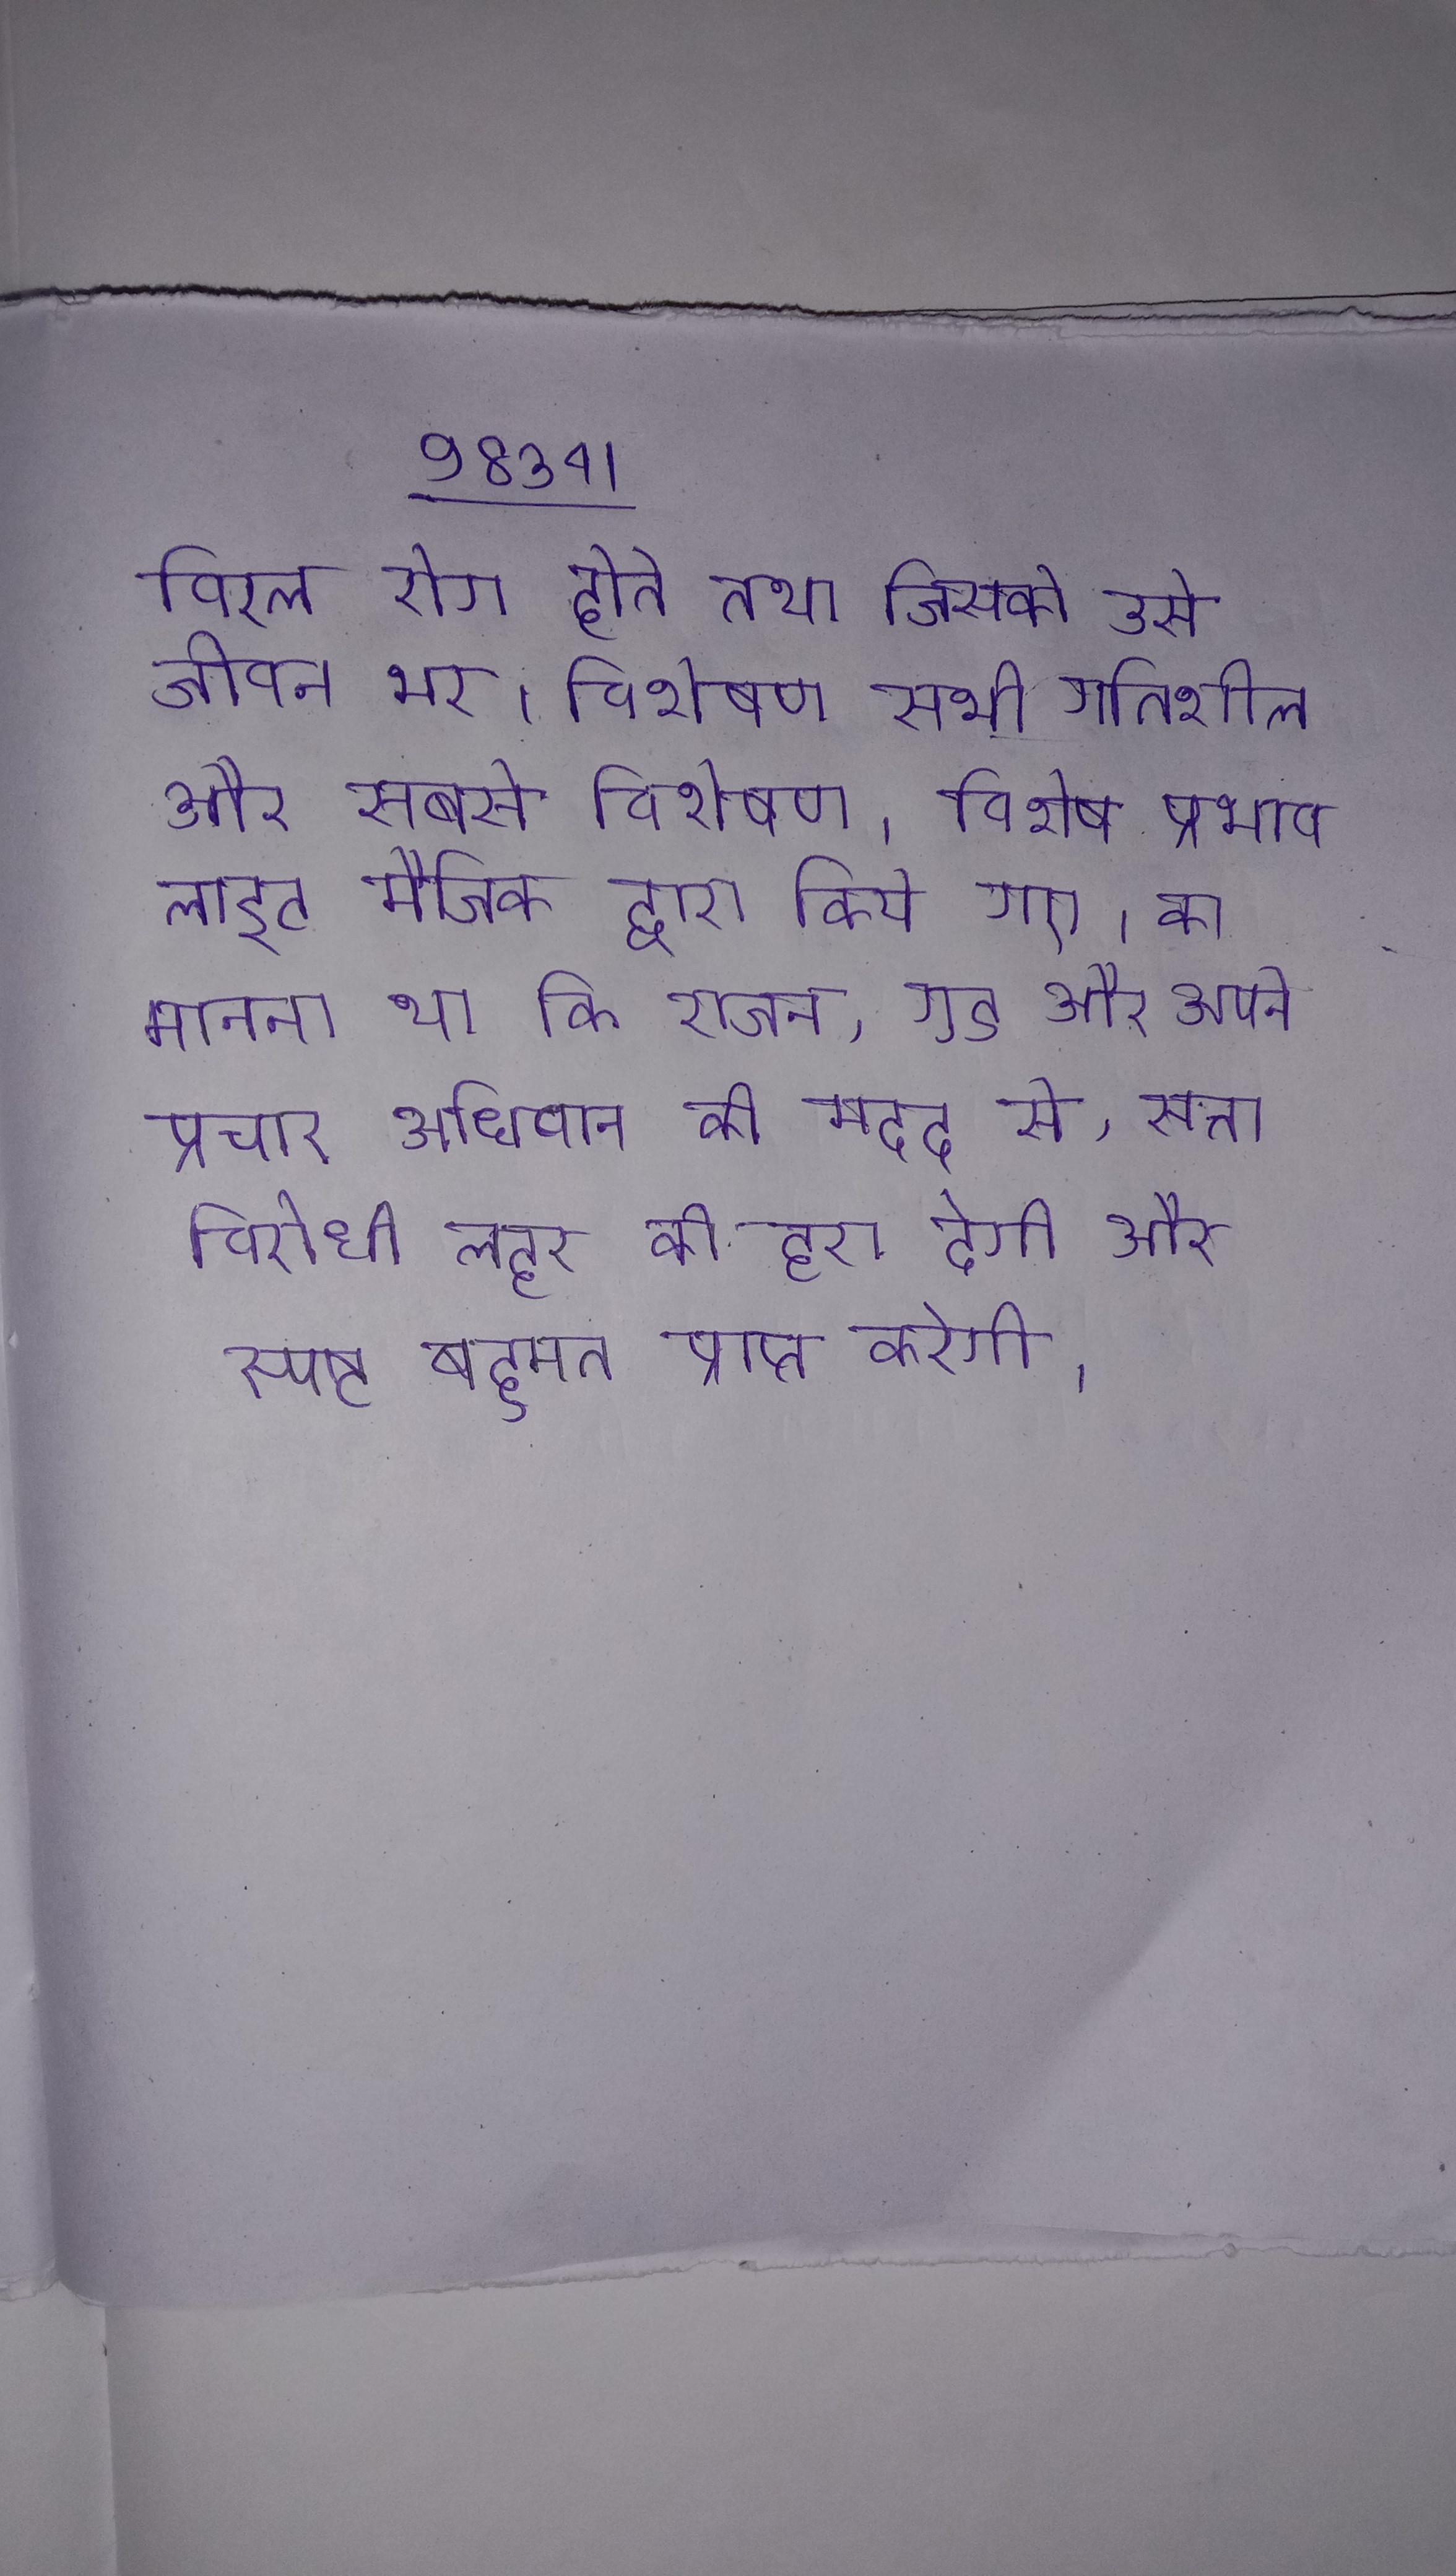
विरल रोग होते तथा जिसको उसे जीवन भर । विशेषण सभी गतिशील और सबसे विशेषण । विशेष प्रभाव लाइट मैजिक द्वारा किये गए । का मानना था कि राजग, गुड और अपने प्रचार अभियान की मदद से, सत्ता विरोधी लहर को हरा देगी और स्पष्ट बहुमत प्राप्त करेगी ।